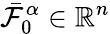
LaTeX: \bar{\mathcal{F}}_{0}^{\alpha}\in\mathbb{R}^{n}